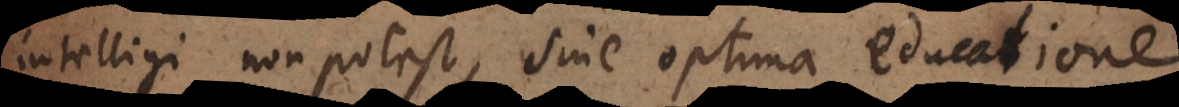
intelligi non potest, sine optima educatione